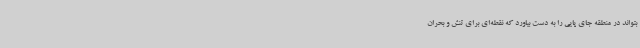
بتواند در منطقه جای پایی را به دست بیاورد که نقطه‌ای برای تنش و بحران